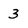
Character: 3